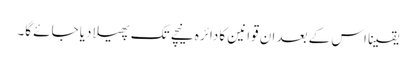
یقینا اس کے بعد ان قوانین کا دائرہ نیچے تک پھیلا دیا جائے گا۔